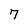
Character: 7